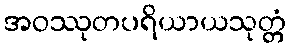
အဝဿုတပရိယာယသုတ္တံ